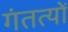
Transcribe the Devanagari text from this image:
गंतत्‍यों